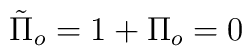
\tilde{\Pi}_o = 1 + \Pi_o = 0